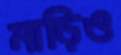
মাড়িও